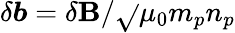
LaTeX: \delta\boldsymbol{b}={\delta\boldsymbol{\mathbf{B}}}/{\sqrt{}{{\mu_{0}m_{p}n_{p}}}}